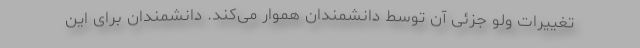
تغییرات ولو جزئی آن توسط دانشمندان هموار می‌کند. دانشمندان برای این